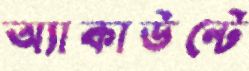
অ্যাকাউন্টে